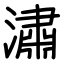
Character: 潚